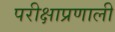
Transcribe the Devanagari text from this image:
परीक्षाप्रणाली